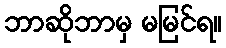
ဘာဆိုဘာမှ မမြင်ရ။